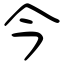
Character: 今